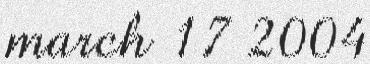
march 17 2004